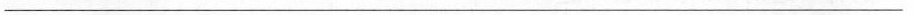
___